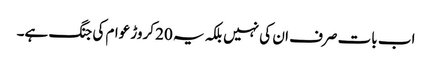
اب بات صرف ان کی نہیں بلکہ یہ 20 کروڑ عوام کی جنگ ہے۔